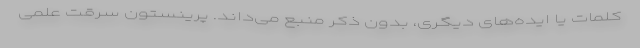
کلمات یا ایده‌های دیگری، بدون ذکر منبع می‌داند. پرینستون سرقت علمی